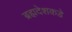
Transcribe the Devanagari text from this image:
ब्रह्मदेशकडे